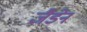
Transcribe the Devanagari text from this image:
जैडेन